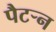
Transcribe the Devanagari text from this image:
पैटऱ्न